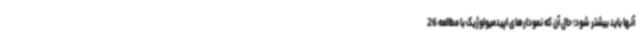
آنها باید بیشتر شود؛ حال آن که نمودارهای اپیدمیولوژیک با مطالعه 26